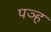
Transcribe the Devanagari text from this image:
पञ्ह